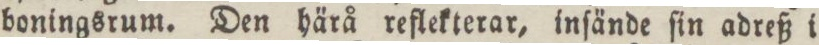
boningsrum. Den härå reflekterar, inſände ſin adreß i